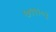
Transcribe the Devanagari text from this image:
७१११०३